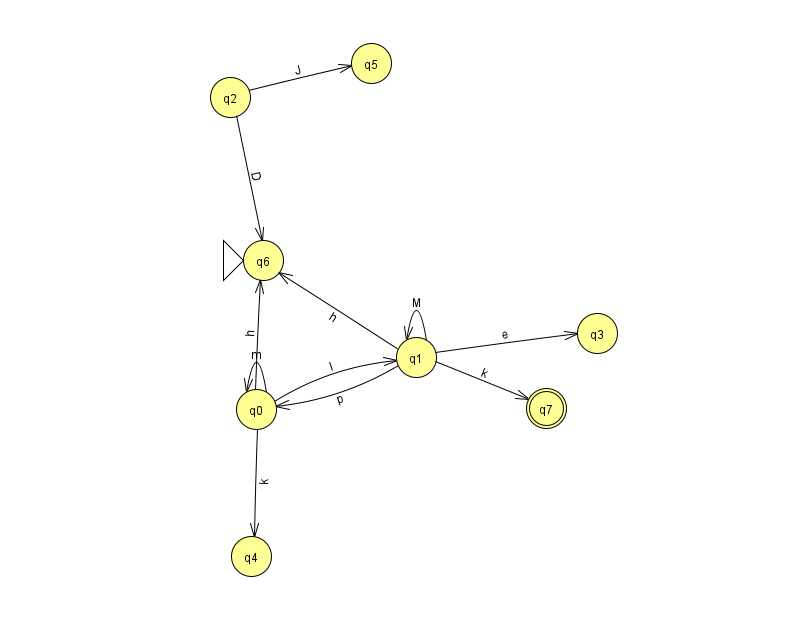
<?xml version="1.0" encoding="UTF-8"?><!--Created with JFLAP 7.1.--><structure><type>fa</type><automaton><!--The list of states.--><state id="0" name="q0"><x>256.0</x><y>396.0</y></state><state id="1" name="q1"><x>416.0</x><y>344.0</y></state><state id="2" name="q2"><x>230.0</x><y>84.0</y></state><state id="3" name="q3"><x>597.0</x><y>320.0</y></state><state id="4" name="q4"><x>251.0</x><y>543.0</y></state><state id="5" name="q5"><x>371.0</x><y>50.0</y></state><state id="6" name="q6"><x>263.0</x><y>247.0</y><initial/></state><state id="7" name="q7"><x>546.0</x><y>395.0</y><final/></state><!--The list of transitions.--><transition><from>2</from><to>6</to><read>D</read></transition><transition><from>0</from><to>1</to><read>l</read></transition><transition><from>1</from><to>7</to><read>k</read></transition><transition><from>0</from><to>6</to><read>h</read></transition><transition><from>0</from><to>4</to><read>k</read></transition><transition><from>1</from><to>6</to><read>h</read></transition><transition><from>1</from><to>3</to><read>e</read></transition><transition><from>2</from><to>5</to><read>J</read></transition><transition><from>0</from><to>0</to><read>m</read></transition><transition><from>1</from><to>1</to><read>M</read></transition><transition><from>1</from><to>0</to><read>p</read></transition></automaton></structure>